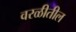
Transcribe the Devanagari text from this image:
वरळीतील